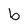
Character: b